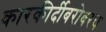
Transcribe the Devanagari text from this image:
कारकीर्दीबरोबरच